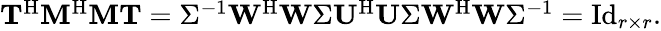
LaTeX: \begin{array}{r}{\mathbf{T}^{\mathrm{H}}\mathbf{M}^{\mathrm{H}}\mathbf{M}\mathbf{T}=\Sigma^{-1}\mathbf{W}^{\mathrm{H}}\mathbf{W}\Sigma\mathbf{U}^{\mathrm{H}}\mathbf{U}\Sigma\mathbf{W}^{\mathrm{H}}\mathbf{W}\Sigma^{-1}=\mathrm{Id}_{r\times r}.}\end{array}